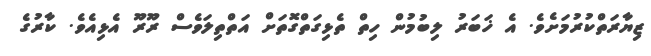
ޒިޔާރަތްކުރުމަށެވެ. އެ ޚަބަރު ލިބުމުން ހިތް ތެޅިގަތްގޮތަށް އަތްތިލަވެސް ރޫރޫ އެޅިއެވެ. ކާރުގެ